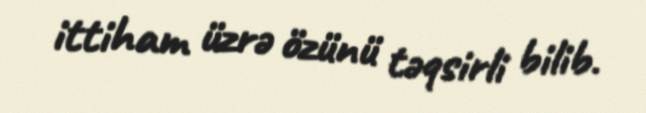
ittiham üzrə özünü təqsirli bilib.